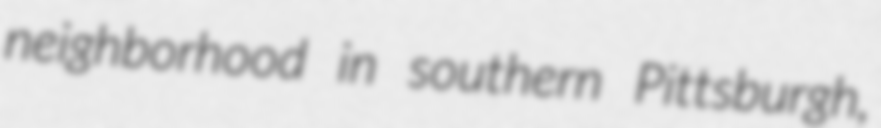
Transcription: neighborhood in southern Pittsburgh,